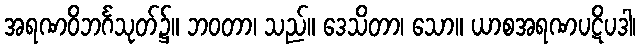
အရဏဝိဘင်္ဂသုတ်၌။ ဘဝတာ၊ သည်။ ဒေသိတာ၊ သော။ ယာစအရဏပဋိပဒါ၊